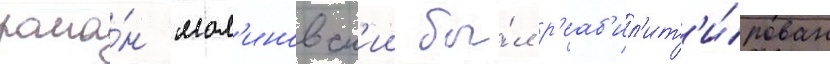
рома́н мал'иновск'ии бы́л р'еаб'ил'ит'и́рован